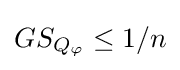
GS_{Q_{\varphi }}\leq 1/n\,\!